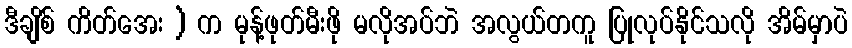
ဒီချိစ် ကိတ်အေး ) က မုန့်ဖုတ်မီးဖို မလိုအပ်ဘဲ အလွယ်တကူ ပြုလုပ်နိုင်သလို အိမ်မှာပဲ